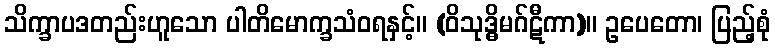
သိက္ခာပဒတည်းဟူသော ပါတိမောက္ခသံဝရနှင့်။ (ဝိသုဒ္ဓိမဂ်ဋီကာ)။ ဥပေတော၊ ပြည့်စုံ